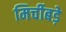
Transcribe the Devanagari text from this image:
मिर्चीबड़े